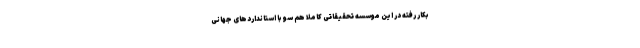
بکار رفته در این موسسه تحقیقاتی کاملا هم سو با استانداردهای جهانی